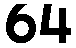
64